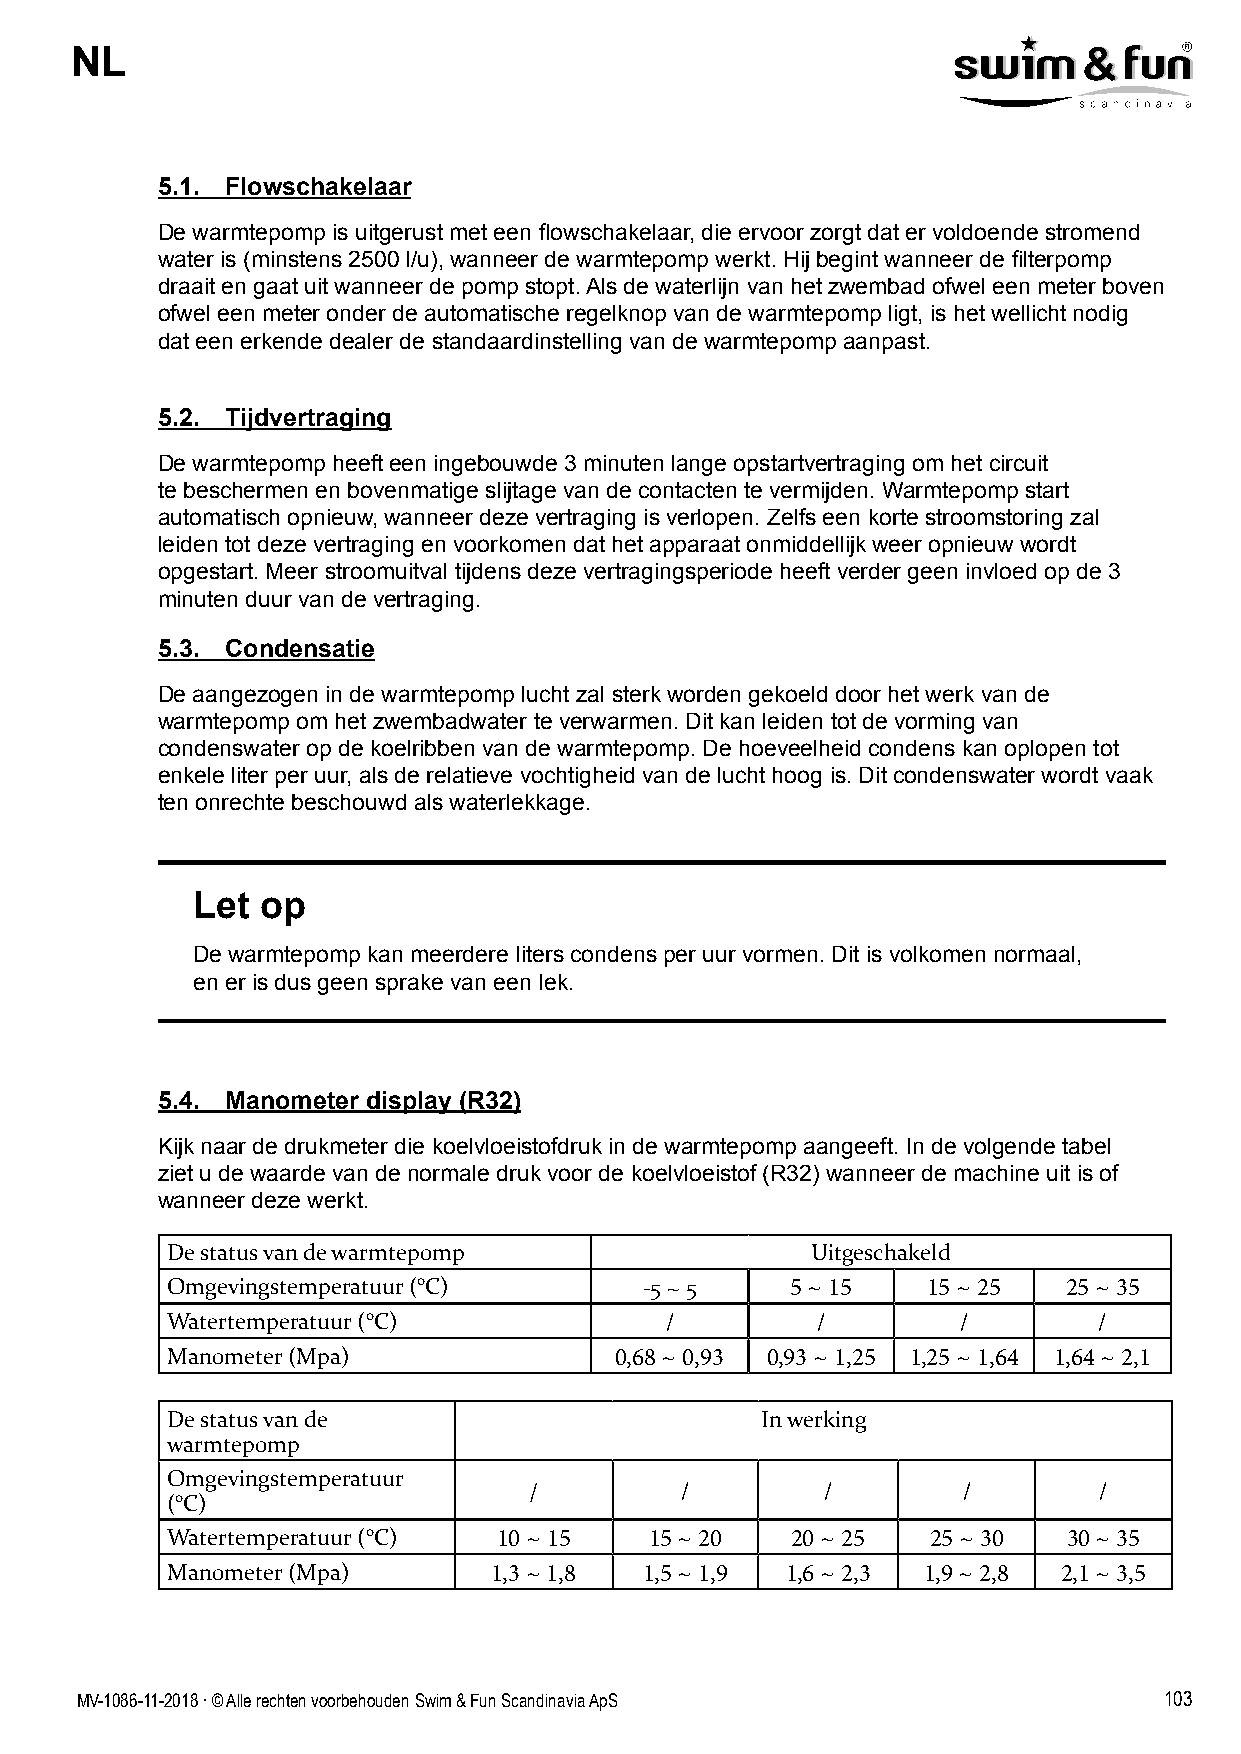
NL
 5.1. Flowschakelaar
 De warmtepomp is uitgerust met een flowschakelaar, die ervoor zorgt dat er voldoende stromend
 water is (minstens 2500 l/u), wanneer de warmtepomp werkt. Hij begint wanneer de filterpomp
 draait en gaat uit wanneer de pomp stopt. Als de waterlijn van het zwembad ofwel een meter boven
 ofwel een meter onder de automatische regelknop van de warmtepomp ligt, is het wellicht nodig
 dat een erkende dealer de standaardinstelling van de warmtepomp aanpast.
 5.2. Tijdvertraging
 De warmtepomp heeft een ingebouwde 3 minuten lange opstartvertraging om het circuit
 te beschermen en bovenmatige slijtage van de contacten te vermijden. Warmtepomp start
 automatisch opnieuw, wanneer deze vertraging is verlopen. Zelfs een korte stroomstoring zal
 leiden tot deze vertraging en voorkomen dat het apparaat onmiddellijk weer opnieuw wordt
 opgestart. Meer stroomuitval tijdens deze vertragingsperiode heeft verder geen invloed op de 3
 minuten duur van de vertraging.
 5.3. Condensatie
 De aangezogen in de warmtepomp lucht zal sterk worden gekoeld door het werk van de
 warmtepomp om het zwembadwater te verwarmen. Dit kan leiden tot de vorming van
 condenswater op de koelribben van de warmtepomp. De hoeveelheid condens kan oplopen tot
 enkele liter per uur, als de relatieve vochtigheid van de lucht hoog is. Dit condenswater wordt vaak
 ten onrechte beschouwd als waterlekkage.
 Let op
 De warmtepomp kan meerdere liters condens per uur vormen. Dit is volkomen normaal,
 en er is dus geen sprake van een lek.
 5.4. Manometer display (R32)
 Kijk naar de drukmeter die koelvloeistofdruk in de warmtepomp aangeeft. In de volgende tabel
 ziet u de waarde van de normale druk voor de koelvloeistof (R32) wanneer de machine uit is of
 wanneer deze werkt.
 De status van de warmtepomp                Uitgeschakeld
 Omgevingstemperatuur (°C)       -5 ~ 5   5 ~ 15   15 ~ 25   25 ~ 35
 Watertemperatuur (°C)            /         /         /        /
 Manometer (Mpa)               0,68 ~ 0,93 0,93 ~ 1,25 1,25 ~ 1,64 1,64 ~ 2,1
 De status van de                       In werking
 warmtepomp
 Omgevingstemperatuur
 /         /         /        /        /
 (°C)
 Watertemperatuur (°C) 10 ~ 15   15 ~ 20  20 ~ 25   25 ~ 30  30 ~ 35
 Manometer (Mpa)      1,3 ~ 1,8  1,5 ~ 1,9 1,6 ~ 2,3 1,9 ~ 2,8 2,1 ~ 3,5
 MV-1086-11-2018 . © Alle rechten voorbehouden Swim & Fun Scandinavia ApS 103